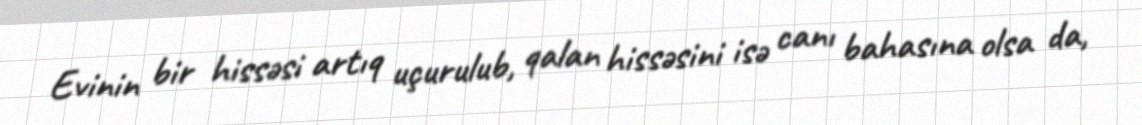
Evinin bir hissəsi artıq uçurulub, qalan hissəsini isə canı bahasına olsa da,